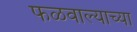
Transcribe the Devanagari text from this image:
फळवाल्याच्या